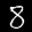
Label: 8